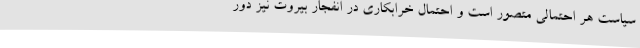
سیاست هر احتمالی متصور است و احتمال خرابکاری در انفجار بیروت نیز دور